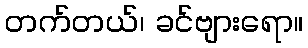
တက်တယ်၊ ခင်ဗျားရော။